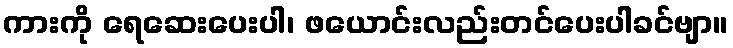
ကားကို ရေဆေးပေးပါ၊ ဖယောင်းလည်းတင်ပေးပါခင်ဗျာ။